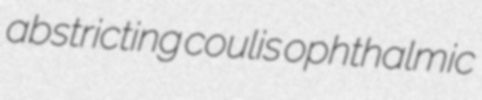
abstricting coulis ophthalmic